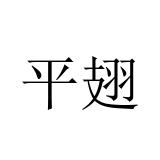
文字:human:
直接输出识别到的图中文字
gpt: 平翅